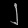
Digit: ၂